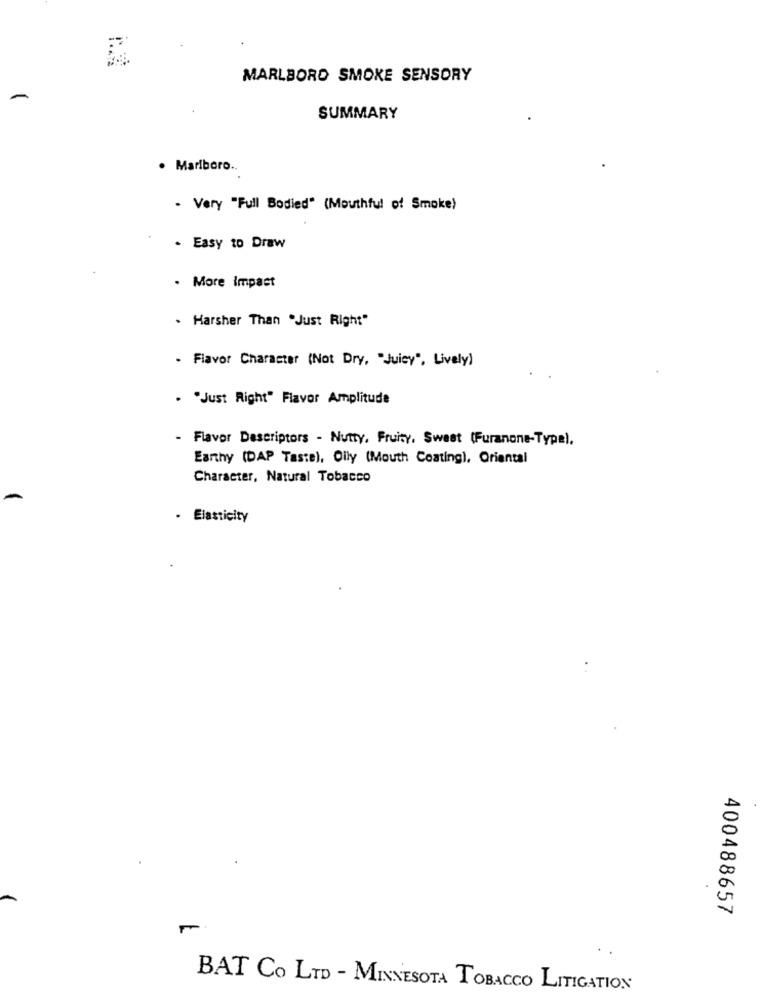
MARLBORO SMOKE SENSORY
SUMMARY
. Marlboro ..
- Very "Full Bodied" (Mouthful of Smoke)
. Easy to Draw
. More Impact
. Harsher Than "Just Right"
. Flavor Character (Not Dry, "Juicy", Lively)
. "Just Right" Flavor Amplitude
Flavor Descriptors - Nutty, Fruity, Sweet (Furanone-Type).
Earthy (DAP Taste), Oily (Mouth Coating), Oriental
Character, Natural Tobacco
Elasticity
400488657
BAT CO LTD - MINNESOTA TOBACCO LITIGATION